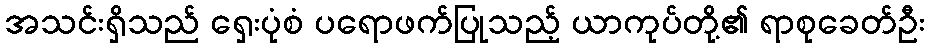
အသင်းရှိသည် ရှေးပုံစံ ပရောဖက်ပြုသည့် ယာကုပ်တို့၏ ရာစုခေတ်ဦး